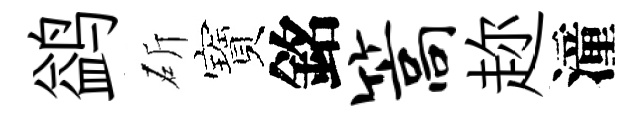
鹢斫寶銘篙趂潼